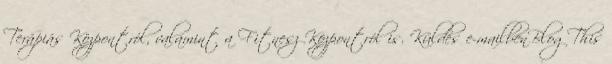
Terápiás Központról, valamint a Fitnesz Központról is. Küldés e-mailbenBlogThis